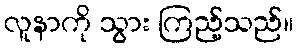
လူနာကို သွား ကြည့်သည်။